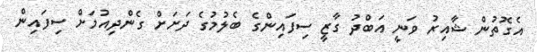
އެގޮތުން ޝާއިރު ވަނީ އަބްދު ގާޒީ ސިފައިންގެ ބެލުމުގެ ދަށަށް ގެންދިއުމަށް ސިފައިން